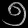
Digit: ၅